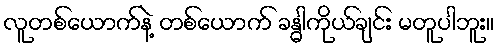
လူတစ်ယောက်နဲ့ တစ်ယောက် ခန္ဓါကိုယ်ချင်း မတူပါဘူး။